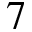
7